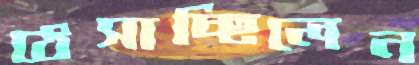
ঠেসাচ্ছিলেন